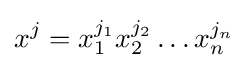
x^{j}=x_{1}^{j_{1}}x_{2}^{j_{2}}\ldots x_{n}^{j_{n}}